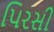
પિરસી